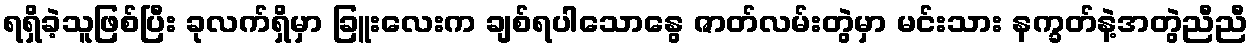
ရရှိခဲ့သူဖြစ်ပြီး ခုလက်ရှိမှာ ခြူးလေးက ချစ်ရပါသောနွေ ဇာတ်လမ်းတွဲမှာ မင်းသား နက္ခတ်နဲ့အတွဲညီညီ